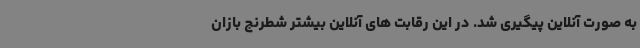
به صورت آنلاین پیگیری شد. در این رقابت های آنلاین بیشتر شطرنج بازان